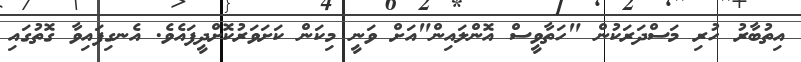
އިތުބާރު ހުރި މަސްދަރަކުން "ހަތާވީސް އޮންލައިން"އަށް ވަނީ މިކަން ކަށަވަރުކޮށްދީފައެވެ. އެނގިފައިވާ ގޮތުގައި